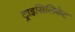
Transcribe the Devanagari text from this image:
ट्राइसिलिकेट